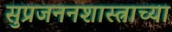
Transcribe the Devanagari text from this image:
सुप्रजननशास्त्राच्या